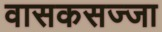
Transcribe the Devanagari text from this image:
वासकसज्जा